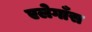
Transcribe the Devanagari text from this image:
एलेगाँस